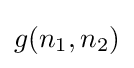
g(n_{1},n_{2})